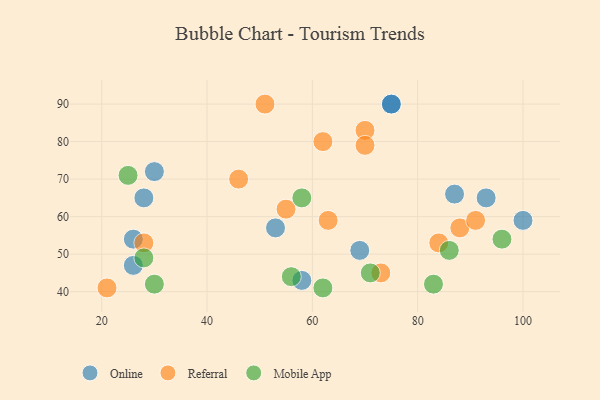
{"axis": {"x": "GDP", "y": "Life Expectancy"}, "legend": ["Mobile App", "Online", "Referral"], "data": [{"x": "75", "y": 90, "type": "Online"}, {"x": "100", "y": 59, "type": "Online"}, {"x": "87", "y": 66, "type": "Online"}, {"x": "93", "y": 65, "type": "Online"}, {"x": "69", "y": 51, "type": "Online"}, {"x": "28", "y": 65, "type": "Online"}, {"x": "75", "y": 90, "type": "Online"}, {"x": "58", "y": 43, "type": "Online"}, {"x": "53", "y": 57, "type": "Online"}, {"x": "26", "y": 54, "type": "Online"}, {"x": "30", "y": 72, "type": "Online"}, {"x": "26", "y": 47, "type": "Online"}, {"x": "21", "y": 41, "type": "Referral"}, {"x": "55", "y": 62, "type": "Referral"}, {"x": "84", "y": 53, "type": "Referral"}, {"x": "28", "y": 53, "type": "Referral"}, {"x": "88", "y": 57, "type": "Referral"}, {"x": "70", "y": 83, "type": "Referral"}, {"x": "91", "y": 59, "type": "Referral"}, {"x": "70", "y": 79, "type": "Referral"}, {"x": "46", "y": 70, "type": "Referral"}, {"x": "73", "y": 45, "type": "Referral"}, {"x": "51", "y": 90, "type": "Referral"}, {"x": "63", "y": 59, "type": "Referral"}, {"x": "62", "y": 80, "type": "Referral"}, {"x": "28", "y": 49, "type": "Mobile App"}, {"x": "25", "y": 71, "type": "Mobile App"}, {"x": "58", "y": 65, "type": "Mobile App"}, {"x": "62", "y": 41, "type": "Mobile App"}, {"x": "30", "y": 42, "type": "Mobile App"}, {"x": "86", "y": 51, "type": "Mobile App"}, {"x": "71", "y": 45, "type": "Mobile App"}, {"x": "83", "y": 42, "type": "Mobile App"}, {"x": "96", "y": 54, "type": "Mobile App"}, {"x": "56", "y": 44, "type": "Mobile App"}]}